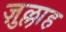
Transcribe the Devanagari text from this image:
ज़ुल्लाह